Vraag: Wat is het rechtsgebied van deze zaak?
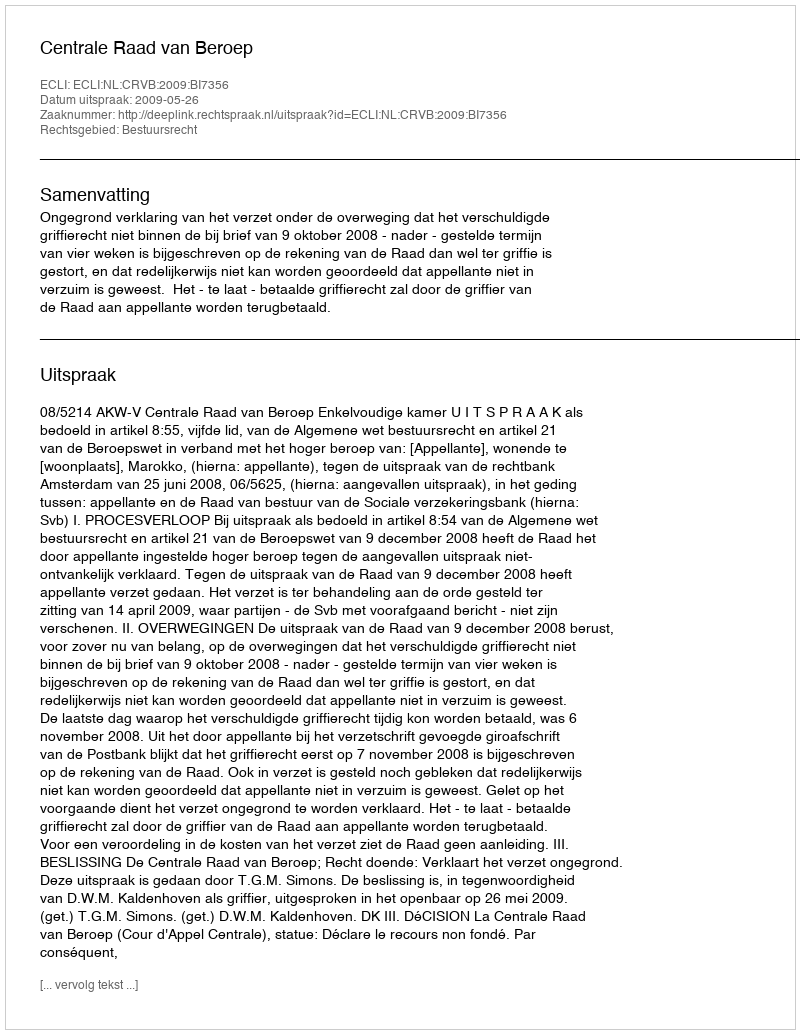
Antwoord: Bestuursrecht